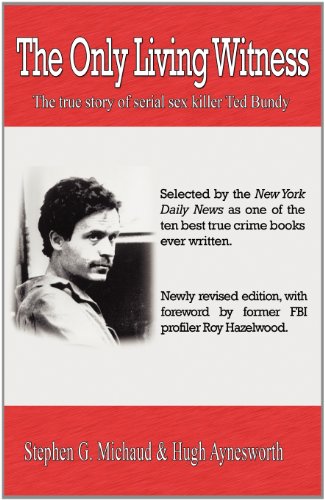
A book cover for The Only Living Witness: The true story of serial sex killer Ted Bundy; Stephen G. Michaud; Biographies & Memoirs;